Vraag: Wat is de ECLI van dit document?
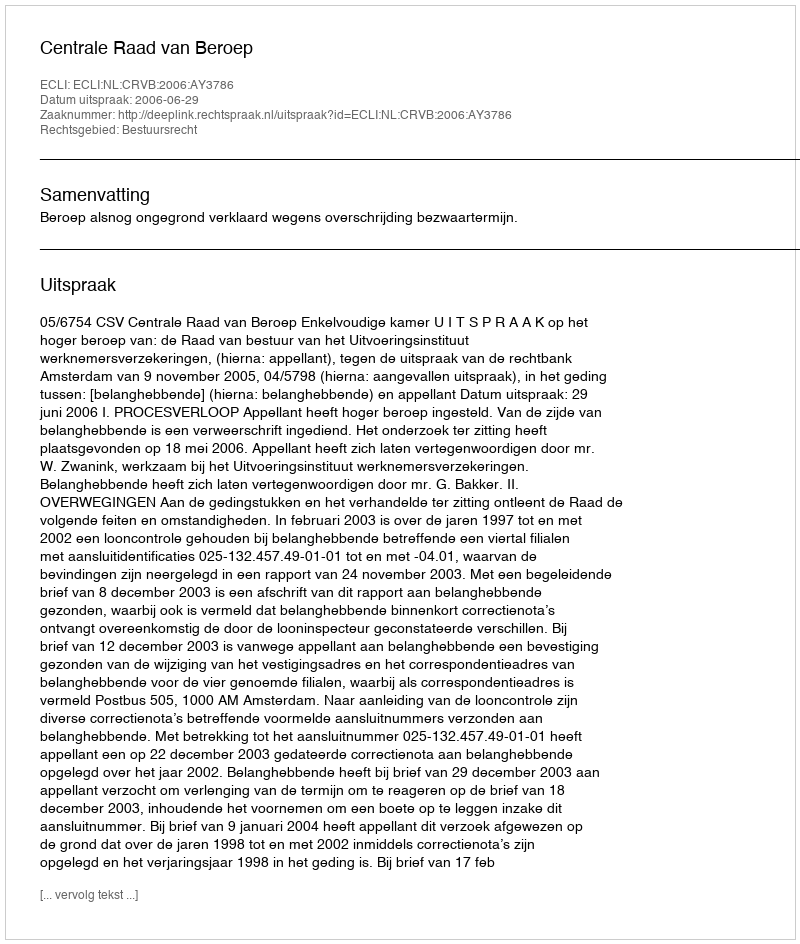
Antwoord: ECLI:NL:CRVB:2006:AY3786